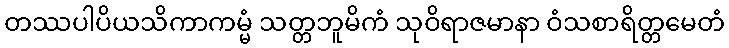
တဿပါပိယသိကာကမ္မံ သတ္တဘူမိကံ သုဝိရာဇမာနာ ဝံသစာရိတ္တမေတံ